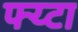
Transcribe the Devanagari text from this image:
फ्य्टा